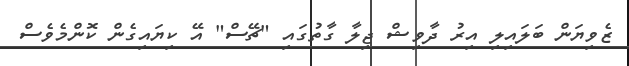
ޒެވިޔަން ބަލައިލި އިރު ދާވިޝް ޖިލާ ގާތުގައި "ޗޭސް" އޭ ކިޔައިގެން ކޮންމެވެސް